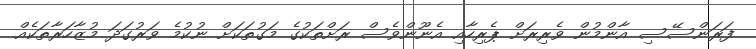
ފަރަންސޭސި އާންމުން ވެރިރަށް ޕެރިހާއި އެނޫންވެސް ރަށްތަކުގެ މަގުތަކަށް ނުކުމެ ވަރުގަދަ މުޒާހަރާތަކެއް